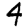
Digit: 4